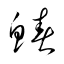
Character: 鰆